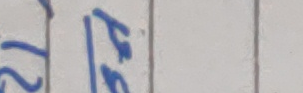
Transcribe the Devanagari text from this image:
२५ ४